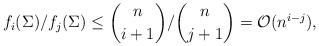
LaTeX: \begin{align*}f_i(\Sigma)/f_j(\Sigma)\leq {n\choose i+1}/{n \choose j+1}=\mathcal{O}(n^{i-j}),\end{align*}